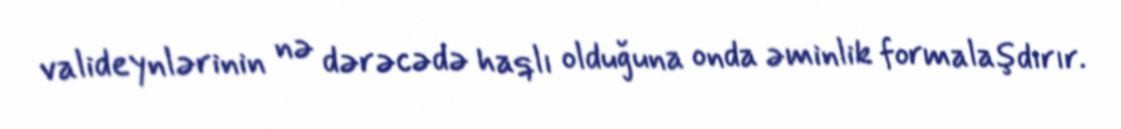
valideynlərinin nə dərəcədə haqlı olduğuna onda əminlik formalaşdırır.